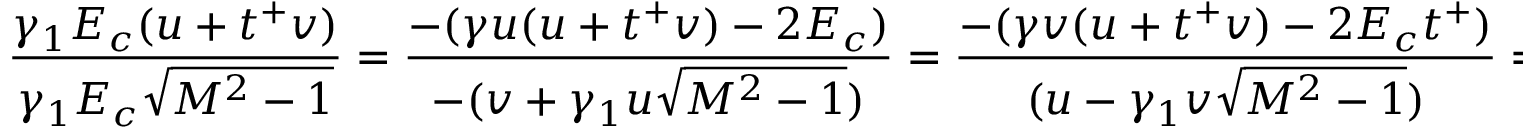
\frac { \gamma _ { 1 } E _ { c } ( u + t ^ { + } v ) } { \gamma _ { 1 } E _ { c } \sqrt { M ^ { 2 } - 1 } } = \frac { - ( \gamma u ( u + t ^ { + } v ) - 2 E _ { c } ) } { - ( v + \gamma _ { 1 } u \sqrt { M ^ { 2 } - 1 } ) } = \frac { - ( \gamma v ( u + t ^ { + } v ) - 2 E _ { c } t ^ { + } ) } { ( u - \gamma _ { 1 } v \sqrt { M ^ { 2 } - 1 } ) } = \frac { \gamma _ { 1 } ( u + t ^ { + } v ) } { \gamma _ { 1 } \sqrt { M ^ { 2 } - 1 } } = ( u + t ^ { + } v ) ~ \tan { \beta } .